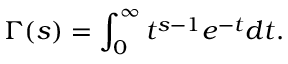
\Gamma ( s ) = \int _ { 0 } ^ { \infty } t ^ { s - 1 } e ^ { - t } d t .